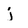
Character: j